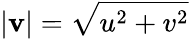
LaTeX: \lvert\mathbf{v}\rvert=\sqrt{u^{2}+v^{2}}